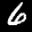
Label: 6